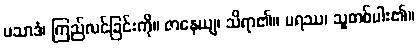
ပသာဒံ၊ ကြည်လင်ခြင်းကို။ ဇာနေယျ၊ သိရာ၏။ ပရဿ၊ သူတစ်ပါး၏။